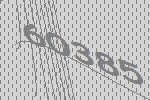
60385